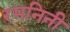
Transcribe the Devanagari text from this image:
रमनिनी